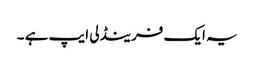
یہ ایک فرینڈلی ایپ ہے ۔